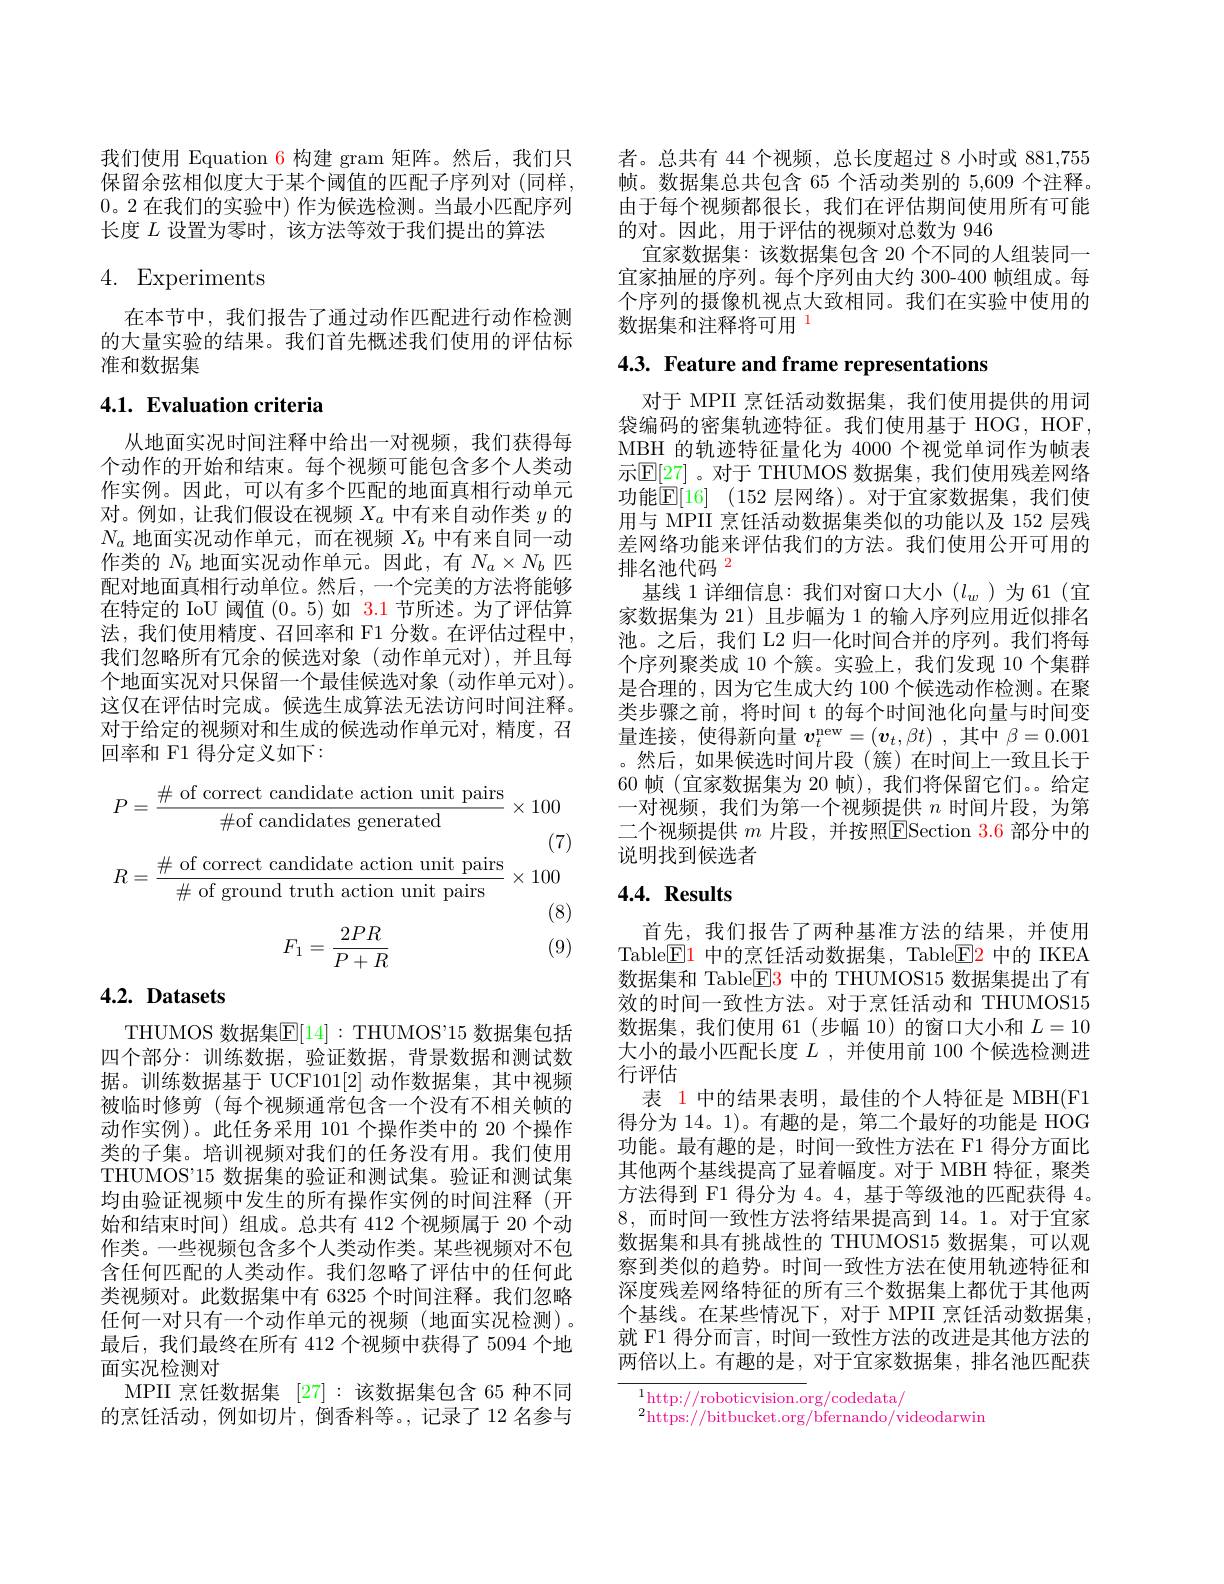
我们使用 Equation 6 构建 gram 矩阵。然后，我们只保留余弦相似度大于某个阈值的匹配子序列对(同样， 0。2 在我们的实验中)作为候选检测。当最小匹配序列长度$L$设置为零时，该方法等效于我们提出的算法

# 4. Experiments

在本节中，我们报告了通过动作匹配进行动作检测的大量实验的结果。我们首先概述我们使用的评估标准和数据集

## 4.1. Evaluation criteria

从地面实况时间注释中给出一对视频，我们获得每个动作的开始和结束。每个视频可能包含多个人类动作实例。因此，可以有多个匹配的地面真相行动单元对。例如，让我们假设在视频$X_a$中有来自动作类$y$的$N_a$地面实况动作单元，而在视频$X_b$中有来自同一动作类的$N_b$地面实况动作单元。因此，有$N_a\times N_b$匹配对地面真相行动单位。然后，一个完美的方法将能够在特定的 IoU 阈值 (0。5)如 3.1 节所述。为了评估算法，我们使用精度、召回率和 F1 分数。在评估过程中， 我们忽略所有冗余的候选对象(动作单元对),并且每个地面实况对只保留一个最佳候选对象(动作单元对)。这仅在评估时完成。候选生成算法无法访问时间注释。对于给定的视频对和生成的候选动作单元对，精度，召回率和 F1 得分定义如下：
$$P=\frac{\#\mathrm{~of~correct~candidate~action~unit~pairs}}{\#\mathrm{of~candidates~generated}}\times100\\\text{(7)}\\R=\frac{\#\mathrm{~of~correct~candidate~action~unit~pairs}}{\#\mathrm{~of~ground~truth~action~unit~pairs}}\times100$$
(9)
$$F_1=\frac{2PR}{P+R}$$
# $4. 2. \textbf{ Datasets}$

THUMOS 数据集$\mathbb{E}[14]:$THUMOS"15 数据集包括四个部分：训练数据，验证数据，背景数据和测试数据。训练数据基于 UCF101[2]动作数据集，其中视频被临时修剪(每个视频通常包含一个没有不相关帧的动作实例)。此任务采用 101 个操作类中的 20 个操作类的子集。培训视频对我们的任务没有用。我们使用THUMOS'15 数据集的验证和测试集。验证和测试集均由验证视频中发生的所有操作实例的时间注释(开始和结束时间)组成。总共有 412 个视频属于 20 个动作类。一些视频包含多个人类动作类。某些视频对不包含任何匹配的人类动作。我们忽略了评估中的任何此类视频对。此数据集中有 6325 个时间注释。我们忽略任何一对只有一个动作单元的视频(地面实况检测)。最后，我们最终在所有 412 个视频中获得了 5094 个地面实况检测对
MPII 烹饪数据集[27]:该数据集包含 65 种不同的烹饪活动，例如切片，倒香料等。,记录了12名参与

者。总共有 44 个视频，总长度超过 8 小时或 881,755帧。数据集总共包含 65 个活动类别的 5,609 个注释。由于每个视频都很长，我们在评估期间使用所有可能的对。因此，用于评估的视频对总数为 946
宜家数据集：该数据集包含 20 个不同的人组装同一宜家抽屉的序列。每个序列由大约 300-400 帧组成。每个序列的摄像机视点大致相同。我们在实验中使用的数据集和注释将可用$^{1}$

4.3. Feature and frame representations

对于 MPII 烹饪活动数据集，我们使用提供的用词袋编码的密集轨迹特征。我们使用基于 HOG, HOF, MBH 的轨迹特征量化为 4000 个视觉单词作为帧表示$\mathbb{E}[27]$。对于 THUMOS 数据集，我们使用残差网络功能$\mathbb{E} [ 16]$ (152 层网络)。对于宜家数据集，我们使用与 MPII 烹饪活动数据集类似的功能以及 152 层残差网络功能来评估我们的方法。我们使用公开可用的排名池代码$^{2}$
基线 1 详细信息：我们对窗口大小$(l_w$)为61(宜家数据集为 21) 且步幅为 1 的输入序列应用近似排名池。之后，我们 L2 归一化时间合并的序列。我们将每个序列聚类成 10 个簇。实验上，我们发现 10 个集群是合理的，因为它生成大约 100 个候选动作检测。在聚类步骤之前，将时间 t 的每个时间池化向量与时间变量连接，使得新向量$v_t^\mathrm{new}=(\boldsymbol{v}_t,\beta t)$ ,其中$\beta=0.001$ 。然后，如果候选时间片段(簇)在时间上一致且长于60 帧(宜家数据集为 20 帧),我们将保留它们。给定一对视频，我们为第一个视频提供$n$时间片段，为第二个视频提供 $m$ 片段，并按照$\overline{\mathrm{E}}$Section 3.6 部分中的说明找到候选者

## $4. 4. \textbf{Results}$

首先，我们报告了两种基准方法的结果，并使用Table$\boxed{\mathrm{E}}1$中的烹饪活动数据集，Table$\boxed{\mathrm{F}}2$中的 IKEA 数据集和 Table$\boxed{\mathrm{F}}\color{red}{3}$中的 THUMOS15 数据集提出了有效的时间一致性方法。对于烹饪活动和 THUMOS15数据集，我们使用 61(步幅 10)的窗口大小和$L=10$ 大小的最小匹配长度$L$ ,并使用前 100 个候选检测进行评估
表 1 中的结果表明，最佳的个人特征是 MBH(F1得分为 14。1)。有趣的是，第二个最好的功能是 HOG 功能。最有趣的是，时间一致性方法在 F1 得分方面比其他两个基线提高了显着幅度。对于 MBH 特征，聚类方法得到 F1 得分为4。4,基于等级池的匹配获得4。8,而时间一致性方法将结果提高到 14。1。对于宜家数据集和具有挑战性的 THUMOS15 数据集，可以观察到类似的趋势。时间一致性方法在使用轨迹特征和深度残差网络特征的所有三个数据集上都优于其他两个基线。在某些情况下，对于 MPII 烹饪活动数据集， 就 F1 得分而言，时间一致性方法的改进是其他方法的两倍以上。有趣的是，对于宜家数据集，排名池匹配获

$^1$http://roboticvision.org/codedata/

$^2$https://bitbucket.org/bfernando/videodarwin